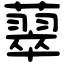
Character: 䕜